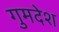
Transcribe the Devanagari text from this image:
गुमदेश